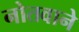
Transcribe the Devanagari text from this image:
नोतवाने